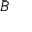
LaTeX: \bar { \boldsymbol { B } }